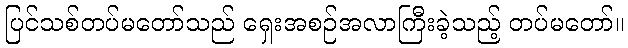
ပြင်သစ်တပ်မတော်သည် ရှေးအစဉ်အလာကြီးခဲ့သည့် တပ်မတော်။